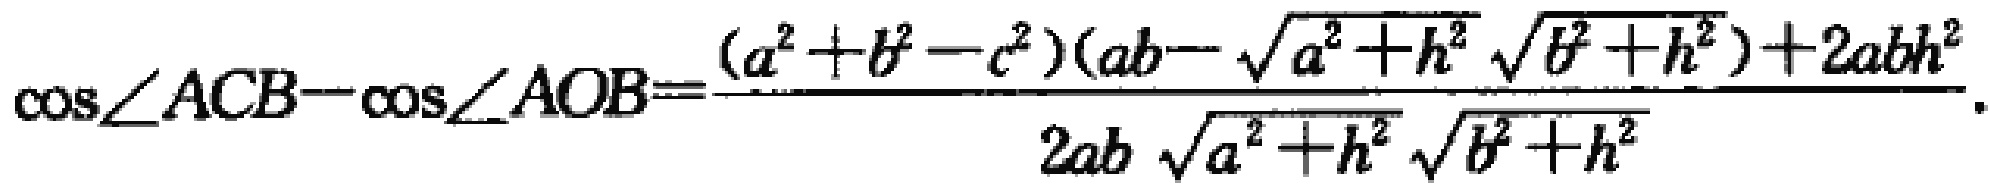
\(\cos\angle ACB - \cos\angle AOB=\frac{(a^{2}+b^{2}-c^{2})(ab - \sqrt{a^{2}+h^{2}}\sqrt{b^{2}+h^{2}})+2abh^{2}}{2ab\sqrt{a^{2}+h^{2}}\sqrt{b^{2}+h^{2}}}\)